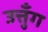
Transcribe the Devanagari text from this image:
उत्तुँग